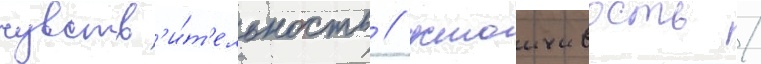
чувств'и́т'ельность / устоичивость /